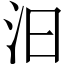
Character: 汩